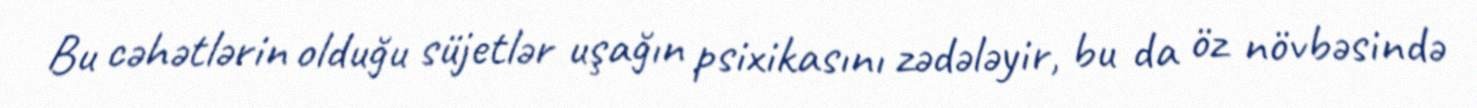
Bu cəhətlərin olduğu süjetlər uşağın psixikasını zədələyir, bu da öz növbəsində